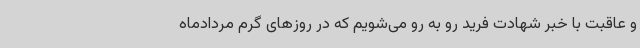
و عاقبت با خبر شهادت فرید رو به رو می‌شویم که در روزهای گرم مردادماه